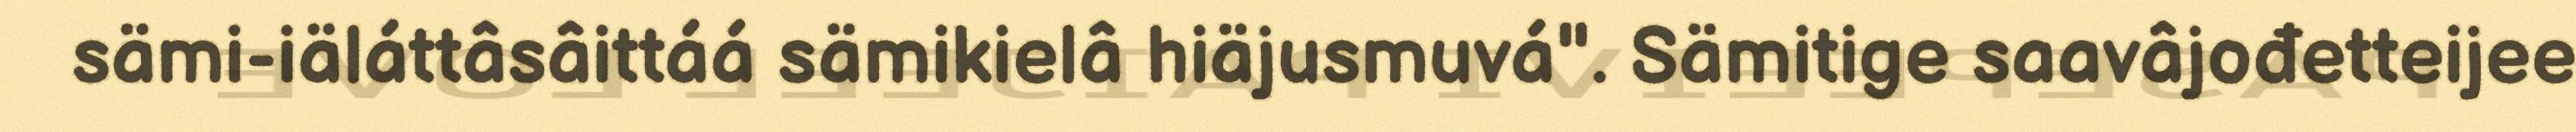
sämi-iäláttâsâittáá sämikielâ hiäjusmuvá". Sämitige saavâjođetteijee